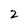
Character: 2